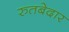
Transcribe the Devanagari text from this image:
रुतबेदार